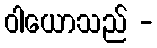
ဝါယောသည် -